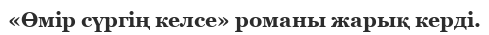
«Өмір сүргің келсе» романы жарық керді.